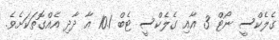
ގެލެކްސީ ނޯޓް 3 އާއި ގެލެކްސީ ޓެބް 10.1 އާ ދާދި އެއްގޮތަކަށެވެ.